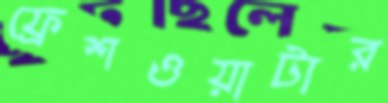
ফ্রেশওয়াটার